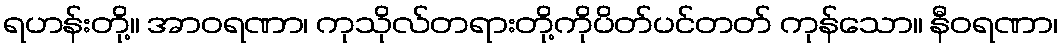
ရဟန်းတို့။ အာဝရဏာ၊ ကုသိုလ်တရားတို့ကိုပိတ်ပင်တတ် ကုန်သော။ နီဝရဏာ၊